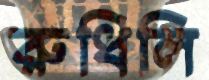
রুধিলি